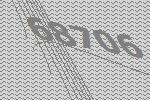
68706